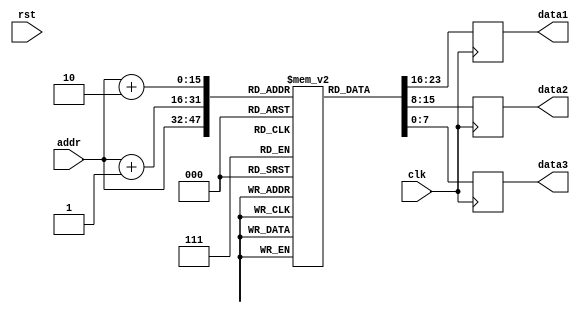
module oc8051_rom (rst, clk, addr, data1, data2, data3);

input rst, clk;
input [15:0] addr;
output [7:0] data1, data2, data3;
reg [7:0] data1, data2, data3;
reg [7:0] buff [65535:0];

initial
begin
    buff [16'h00_00] = 8'h00;
    buff [16'h00_01] = 8'h00;
    buff [16'h00_02] = 8'h75;
    buff [16'h00_03] = 8'h90;
    buff [16'h00_04] = 8'hAA;
    buff [16'h00_05] = 8'h78;
    buff [16'h00_06] = 8'h01;
    buff [16'h00_07] = 8'h7D;
    buff [16'h00_08] = 8'h00;
    buff [16'h00_09] = 8'h75;
    buff [16'h00_0a] = 8'h80;
    buff [16'h00_0b] = 8'h0F;
    buff [16'h00_0c] = 8'h00;
    buff [16'h00_0d] = 8'h00;
    buff [16'h00_0e] = 8'h00;
    buff [16'h00_0f] = 8'h60;
    buff [16'h00_10] = 8'hFB;
    buff [16'h00_11] = 8'h7C;
    buff [16'h00_12] = 8'h01;
    buff [16'h00_13] = 8'h75;
    buff [16'h00_14] = 8'h80;
    buff [16'h00_15] = 8'h00;
    buff [16'h00_16] = 8'h8C;
    buff [16'h00_17] = 8'h90;
    buff [16'h00_18] = 8'h00;
    buff [16'h00_19] = 8'h11;
    buff [16'h00_1a] = 8'h2F;
    buff [16'h00_1b] = 8'h88;
    buff [16'h00_1c] = 8'h80;
    buff [16'h00_1d] = 8'hED;
    buff [16'h00_1e] = 8'h00;
    buff [16'h00_1f] = 8'h00;
    buff [16'h00_20] = 8'h60;
    buff [16'h00_21] = 8'h03;
    buff [16'h00_22] = 8'h08;
    buff [16'h00_23] = 8'h01;
    buff [16'h00_24] = 8'h26;
    buff [16'h00_25] = 8'h18;
    buff [16'h00_26] = 8'hEC;
    buff [16'h00_27] = 8'h03;
    buff [16'h00_28] = 8'hFC;
    buff [16'h00_29] = 8'h00;
    buff [16'h00_2a] = 8'h01;
    buff [16'h00_2b] = 8'h16;
    buff [16'h00_2c] = 8'h75;
    buff [16'h00_2d] = 8'h80;
    buff [16'h00_2e] = 8'h11;
    buff [16'h00_2f] = 8'h79;
    buff [16'h00_30] = 8'h05;
    buff [16'h00_31] = 8'h7A;
    buff [16'h00_32] = 8'h05;
    buff [16'h00_33] = 8'h74;
    buff [16'h00_34] = 8'h05;
    buff [16'h00_35] = 8'hF9;
    buff [16'h00_36] = 8'hEA;
    buff [16'h00_37] = 8'h24;
    buff [16'h00_38] = 8'h02;
    buff [16'h00_39] = 8'hE9;
    buff [16'h00_3a] = 8'h14;
    buff [16'h00_3b] = 8'h00;
    buff [16'h00_3c] = 8'h00;
    buff [16'h00_3d] = 8'h00;
    buff [16'h00_3e] = 8'h00;
    buff [16'h00_3f] = 8'h00;
    buff [16'h00_40] = 8'h00;
    buff [16'h00_41] = 8'h00;
    buff [16'h00_42] = 8'h00;
    buff [16'h00_43] = 8'h70;
    buff [16'h00_44] = 8'hF0;
    buff [16'h00_45] = 8'h1A;
    buff [16'h00_46] = 8'hEA;
    buff [16'h00_47] = 8'h70;
    buff [16'h00_48] = 8'hEA;
    buff [16'h00_49] = 8'h22;
    buff [16'h00_4a] = 8'h00;
    buff [16'h00_4b] = 8'h00;
    buff [16'h00_4c] = 8'h00;
    buff [16'h00_4d] = 8'h00;
    buff [16'h00_4e] = 8'h00;
    buff [16'h00_4f] = 8'h00;
    buff [16'h00_50] = 8'h00;
    buff [16'h00_51] = 8'h74;
    buff [16'h00_52] = 8'h01;
    buff [16'h00_53] = 8'h7D;
    buff [16'h00_54] = 8'h00;
    buff [16'h00_55] = 8'h00;
    buff [16'h00_56] = 8'h00;
    buff [16'h00_57] = 8'h32;
    buff [16'h00_58] = 8'h00;
    buff [16'h00_59] = 8'h00;
    buff [16'h00_5a] = 8'h00;
    buff [16'h00_5b] = 8'h00;
    buff [16'h00_5c] = 8'h00;
    buff [16'h00_5d] = 8'h00;
    buff [16'h00_5e] = 8'h00;
    buff [16'h00_5f] = 8'h00;
    buff [16'h00_60] = 8'h00;
    buff [16'h00_61] = 8'h00;
    buff [16'h00_62] = 8'h00;
    buff [16'h00_63] = 8'h00;
    buff [16'h00_64] = 8'h00;
    buff [16'h00_65] = 8'h00;
    buff [16'h00_66] = 8'h7D;
    buff [16'h00_67] = 8'h0F;
    buff [16'h00_68] = 8'h74;
    buff [16'h00_69] = 8'h01;
    buff [16'h00_6a] = 8'h00;
    buff [16'h00_6b] = 8'h00;
    buff [16'h00_6c] = 8'h32;
end

always @(posedge clk)
begin
  data1 <= #1 buff [addr];
  data2 <= #1 buff [addr+1];
  data3 <= #1 buff [addr+2];
end

endmodule